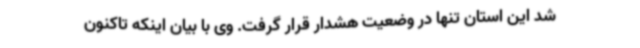
شد این استان تنها در وضعیت هشدار قرار گرفت. وی با بیان اینکه تاکنون